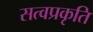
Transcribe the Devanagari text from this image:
सत्वप्रकृति